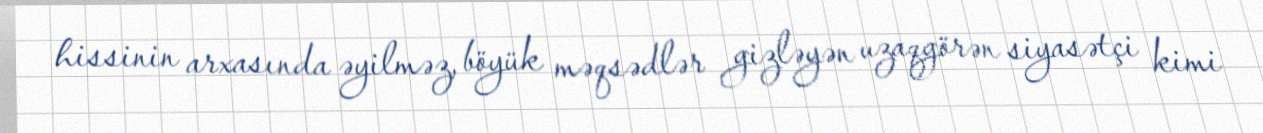
hissinin arxasında əyilməz, böyük məqsədlər gizləyən uzaqgörən siyasətçi kimi